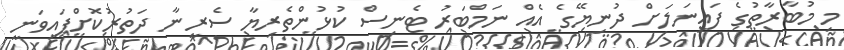
މި މުބާރާތުގެ ފައިނަލަށް ދުނިޔޭގެ އެއް ނަމްބަރު ޓެނިސް ކުޅުންތެރިޔާ ސެރީނާ ދަތުރުކޮށްފައިވަނީ